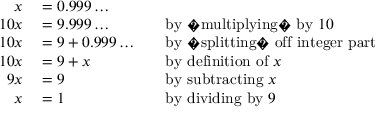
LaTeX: \begin{array} { r l r l } { x } & { { } = 0 . 9 9 9 \ldots } \\ { 1 0 x } & { { } = 9 . 9 9 9 \ldots } & { } & { { } { \mathrm { b y ~ � m u l t i p l y i n g � ~ b y ~ } } 1 0 } \\ { 1 0 x } & { { } = 9 + 0 . 9 9 9 \ldots } & { } & { { } { \mathrm { b y ~ � s p l i t t i n g � ~ o f f ~ i n t e g e r ~ p a r t } } } \\ { 1 0 x } & { { } = 9 + x } & { } & { { } { \mathrm { b y ~ d e f i n i t i o n ~ o f ~ } } x } \\ { 9 x } & { { } = 9 } & { } & { { } { \mathrm { b y ~ s u b t r a c t i n g ~ } } x } \\ { x } & { { } = 1 } & { } & { { } { \mathrm { b y ~ d i v i d i n g ~ b y ~ } } 9 } \end{array}